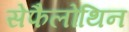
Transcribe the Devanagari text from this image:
सेफैलोथिन